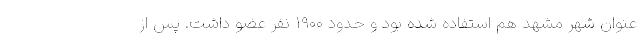
عنوان شهر مشهد هم استفاده شده بود و حدود ۱۹۰۰ نفر عضو داشت. پس از